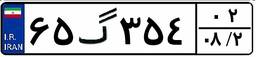
۶۵گ۳۵۴۰۲